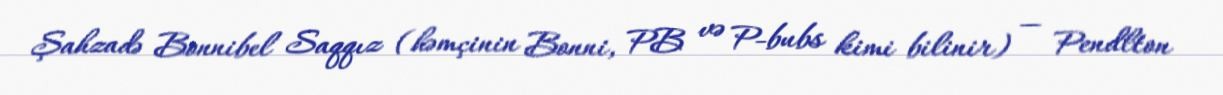
Şahzadə Bonnibel Saqqız (həmçinin Bonni, PB və P-bubs kimi bilinir) — Pendlton